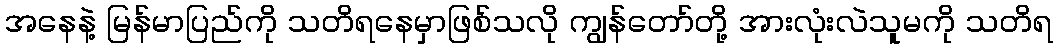
အနေနဲ့ မြန်မာပြည်ကို သတိရနေမှာဖြစ်သလို ကျွန်တော်တို့ အားလုံးလဲသူမကို သတိရ